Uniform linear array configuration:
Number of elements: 8
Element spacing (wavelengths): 0.75
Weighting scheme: uniform
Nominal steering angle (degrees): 0
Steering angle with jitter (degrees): -1.438
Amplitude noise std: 0.05
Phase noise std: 0.05

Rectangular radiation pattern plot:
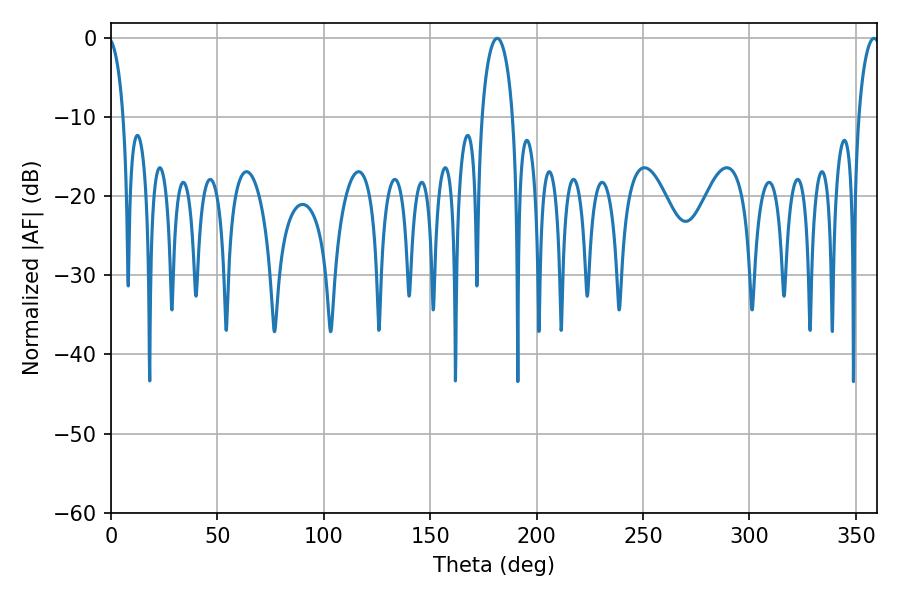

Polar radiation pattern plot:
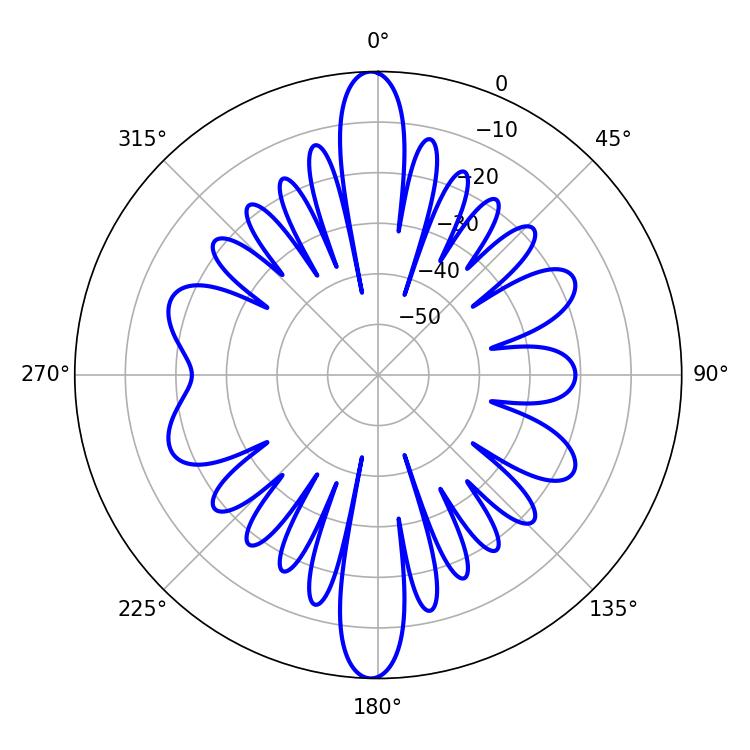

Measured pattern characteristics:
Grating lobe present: TRUE
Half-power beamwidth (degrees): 8.28
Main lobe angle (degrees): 181.44